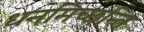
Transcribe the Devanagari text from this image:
धनमिच्छन्ति